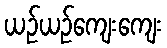
ယဉ်ယဉ်ကျေးကျေး